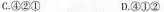
C.④②① D.④①②